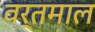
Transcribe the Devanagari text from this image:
वर्तमाल